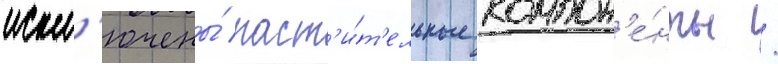
искл'ючены́ раст'и́т'ельные компон'е́нты /